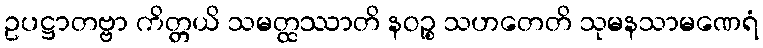
ဥပဋ္ဌာတဗ္ဗာ ကိတ္တယိ သမတ္ထဿာတိ နဝဉ္စ သဟတေတိ သုမနသာမဏေရံ